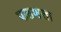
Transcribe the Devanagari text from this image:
पाठशला